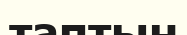
таптын